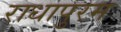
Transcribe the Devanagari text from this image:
राधापुरम